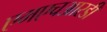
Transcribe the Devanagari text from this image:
एमएचआरडी